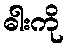
ဓါးကို